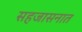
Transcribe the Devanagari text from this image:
सहजासनात